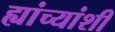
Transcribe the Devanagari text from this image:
ह्यांच्यांशी